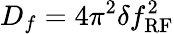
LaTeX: D_{f}=4\pi^{2}\delta f_{\mathrm{RF}}^{2}